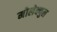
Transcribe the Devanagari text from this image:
मोलेक्युल